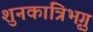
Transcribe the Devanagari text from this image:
शुनकात्रिभृगु